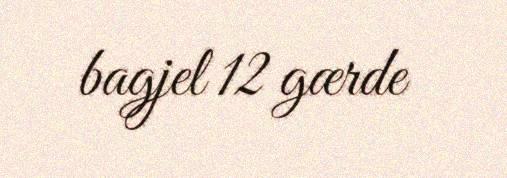
bagjel 12 gærde